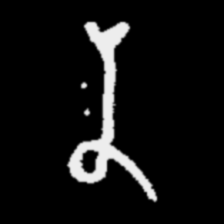
Pyu character \u2014 Myanmar letter: န (romanized: na)